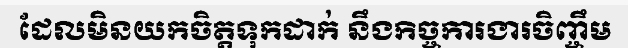
ដែលមិនយកចិត្តទុកដាក់ នឹងកិច្ចការងារចិញ្ចឹម